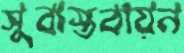
সুবাস্তবায়ন